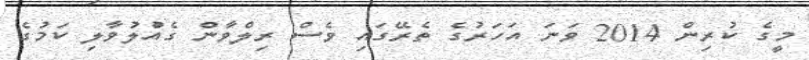
މީގެ ކުރިން 2014 ވަނަ އަހަރުގެ ތެރޭގައި ވެސް ރިލްވާން ގެއްުލުވާލި ކަމުގެ